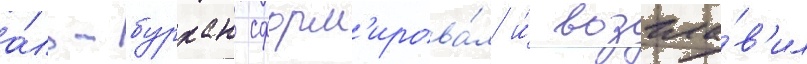
а́ль-бурхан сформ'ирова́л и́ возгла́в'ил